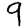
Digit: 9